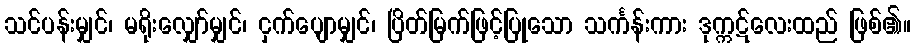
သင်ပန်းမျှင်၊ မရိုးလျှော်မျှင်၊ ငှက်ပျောမျှင်၊ ပြိတ်မြက်ဖြင့်ပြုသော သင်္ကန်းကား ဒုက္ကဋ်လေးထည် ဖြစ်၏။